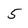
Character: 5